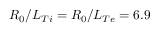
R _ { 0 } / L _ { T i } = R _ { 0 } / L _ { T e } = 6 . 9